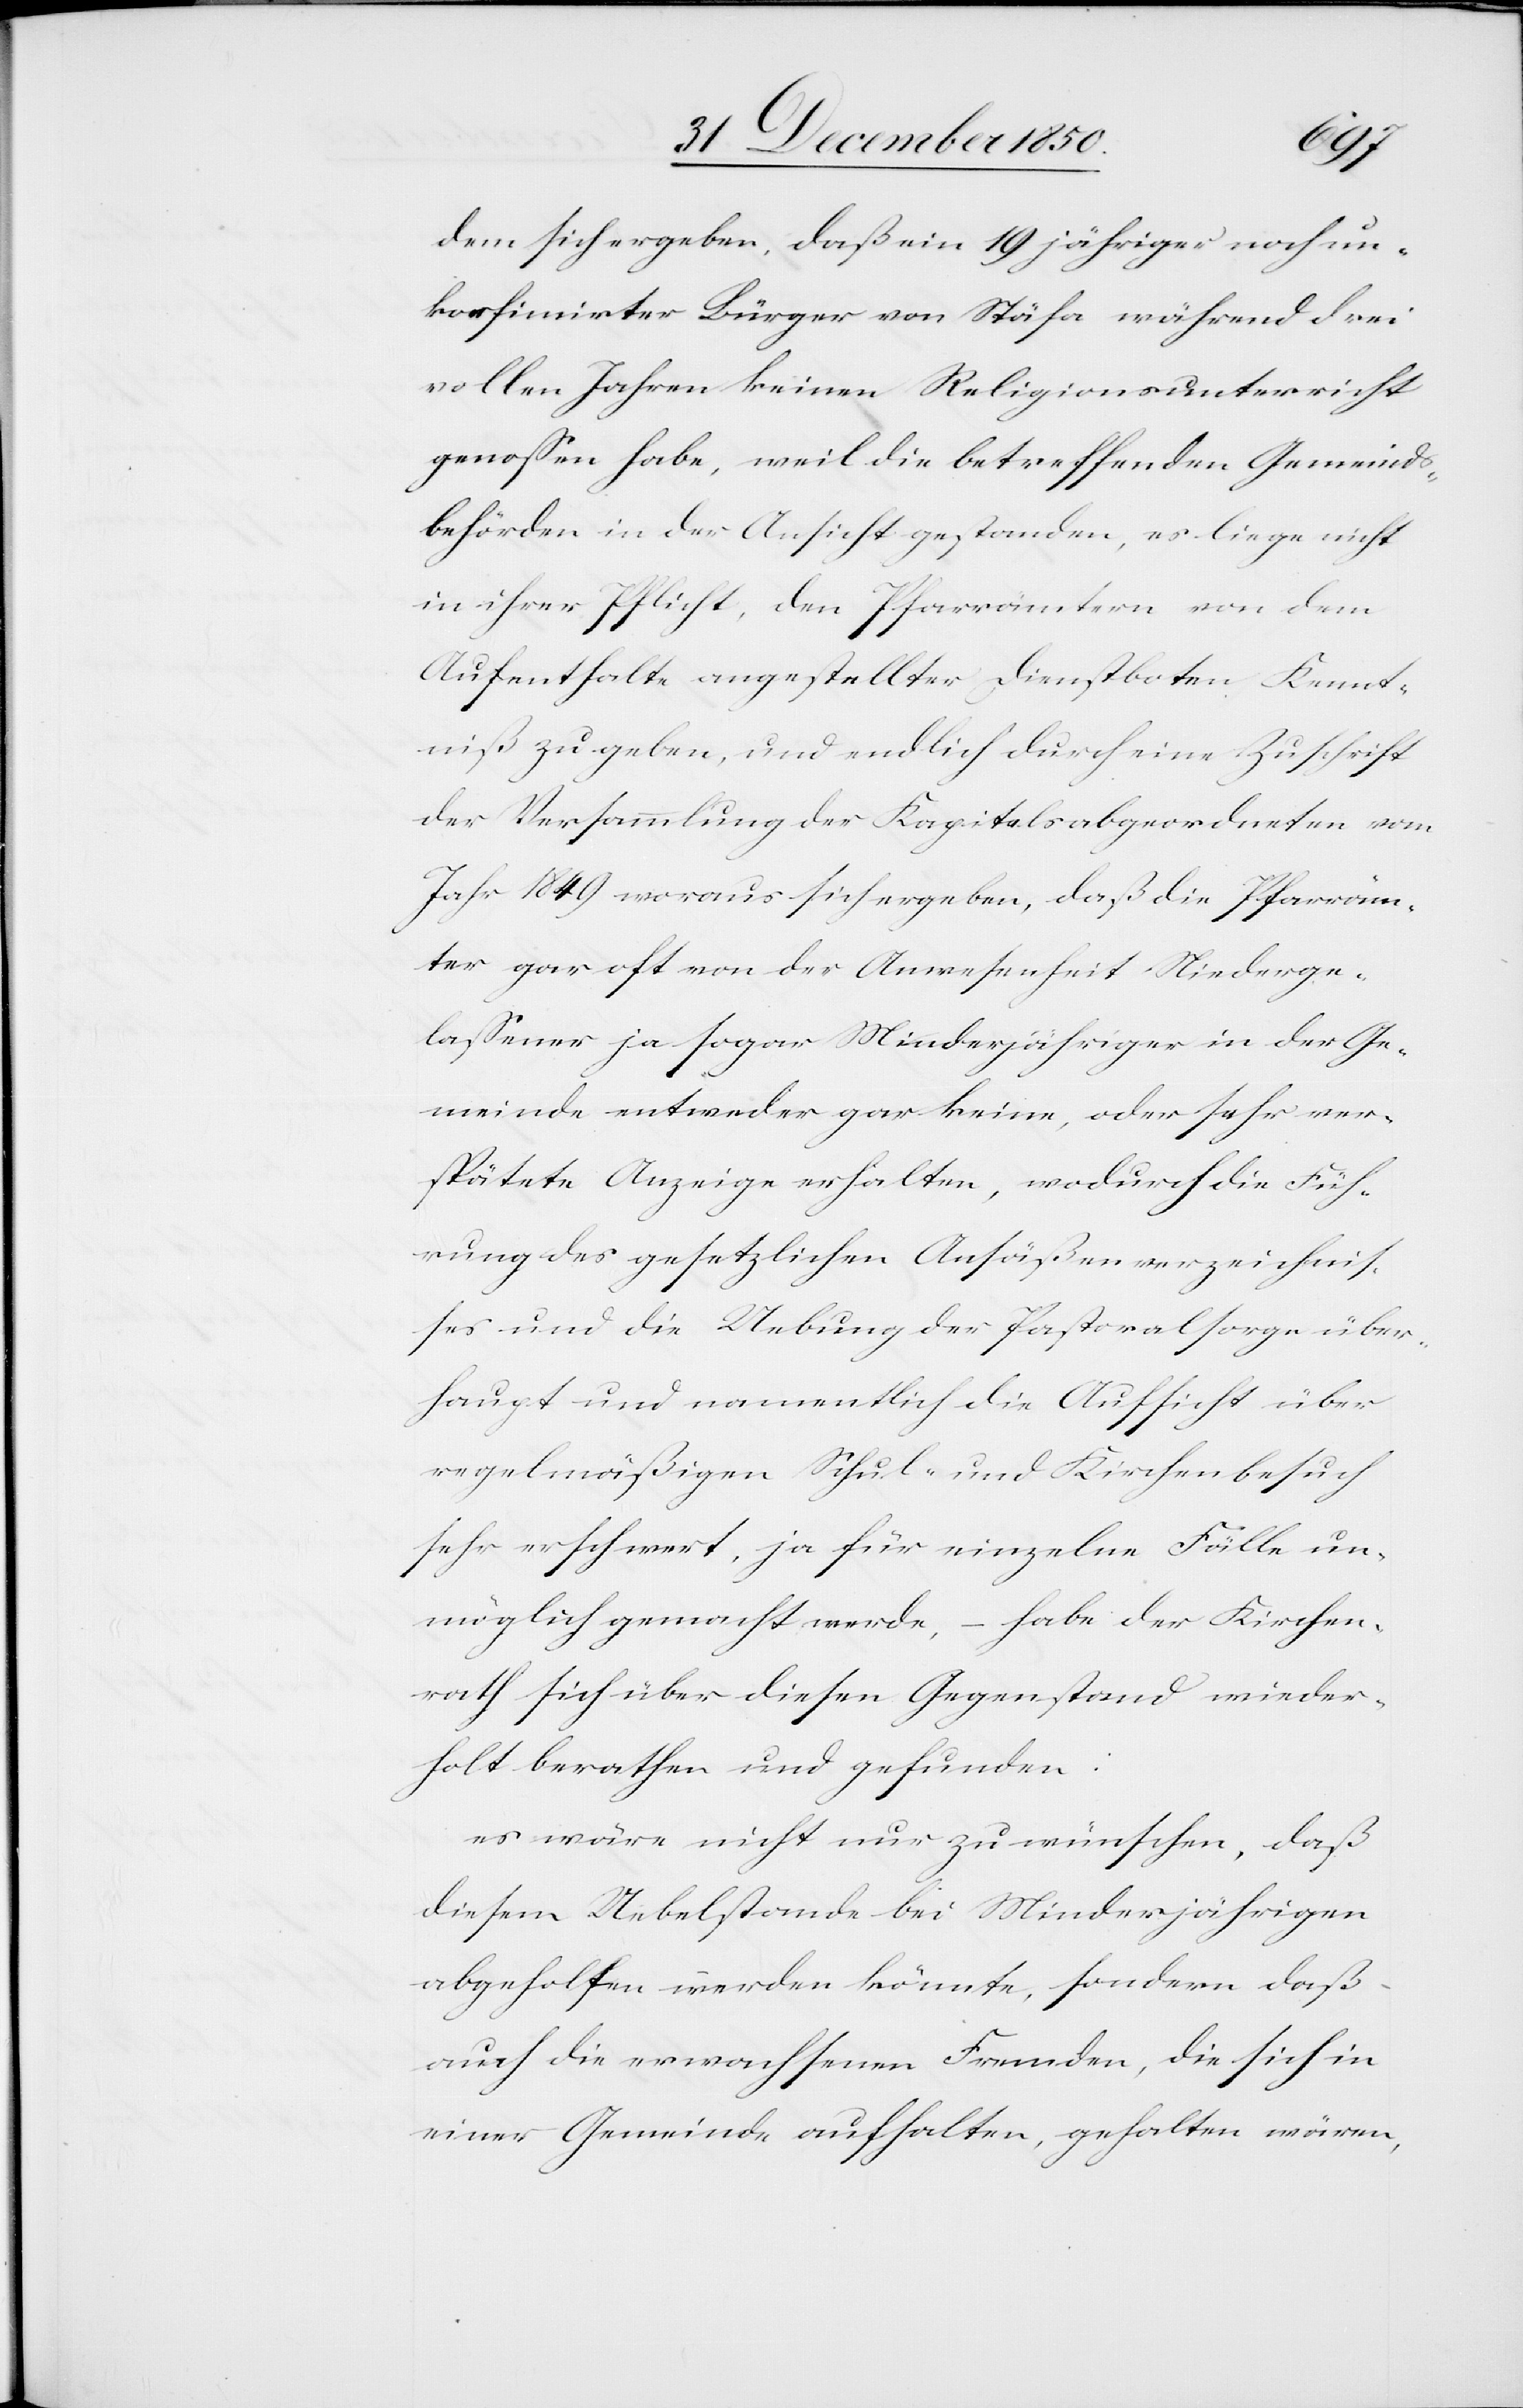
dem sich ergeben, daß ein 19 jähriger noch un¬
konfimirter Bürger von Stäfa während drei
vollen Jahren keinen Religionsunterricht
genossen habe, weil die betreffenden Gemeinds¬
behörden in der Ansicht gestanden, es liege nicht
in ihrer Pflicht, den Pfarrämtern von dem
Aufenthalte angestellter Dienstboten Kennt¬
niß zu geben, und endlich durch eine Zuschrift
der Versammlung der Kapitelsabgeordneten vom
Jahr 1849 woraus sich ergeben, daß die Pfarräm¬
ter gar oft von der Anwesenheit Niederge¬
lassener ja sogar Minderjähriger in der Ge¬
meinde entweder gar keine, oder sehr ver¬
spätete Anzeige erhalten, wodurch die Füh¬
rung des gesetzlichen Ansäßenverzeichnis¬
ses und die Uebung der Pastoralsorge über¬
haupt und namentlich die Aufsicht über
regelmäßigen Schul- und Kirchenbesuch
sehr erschwert, ja für einzelne Fälle un¬
möglich gemacht werde, – habe der Kirchen¬
rath sich über diesen Gegenstand wieder¬
holt berathen und gefunden:
es wäre nicht nur zu wünschen, daß
diesem Uebelstande bei Minderjährigen
abgeholfen werden könnte, sondern daß
auch die erwachsenen Fremden, die sich in
einer Gemeinde aufhalten, gehalten wären,